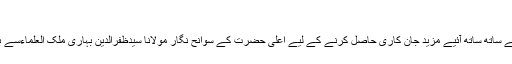
"
ابوالقاسم رفیق دلاوری کے ساتھ ساتھ آئیے مزید جان کاری حاصل کرنے کے لیے اعلیٰ حضرت کے سوانح نگار مولانا سیدظفرالدین بہاری ملک العلماءسے بھی ہم رجوع ہوتے ہیں ۔